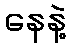
နေနဲ့